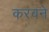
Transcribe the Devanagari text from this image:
करवने